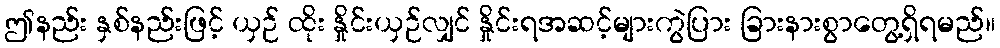
ဤနည်း နှစ်နည်းဖြင့် ယှဉ် ထိုး နှိုင်းယှဉ်လျှင် နှိုင်းရအဆင့်များကွဲပြား ခြားနားစွာတွေ့ရှိရမည်။